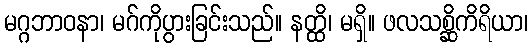
မဂ္ဂဘာဝနာ၊ မဂ်ကိုပွားခြင်းသည်။ နတ္ထိ၊ မရှိ။ ဖလသစ္ဆိကိရိယာ၊